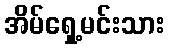
အိမ်ရှေ့မင်းသား